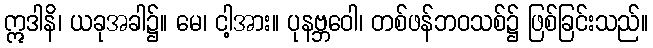
ဣဒါနိ၊ ယခုအခါ၌။ မေ၊ ငါ့အား။ ပုနဗ္ဘဝေါ၊ တစ်ဖန်ဘဝသစ်၌ ဖြစ်ခြင်းသည်။